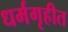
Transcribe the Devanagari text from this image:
धर्मगृहीत